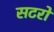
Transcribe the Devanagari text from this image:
सटरों